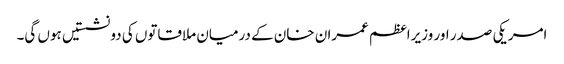
امریکی صدر اور وزیراعظم عمران خان کے درمیان ملاقاتوں کی دو نشستیں ہوں گی۔